Annual report on the Civil Veterinary Department, Burma (including the Insein Veterinary School) - 1910-1922
Year: 1910
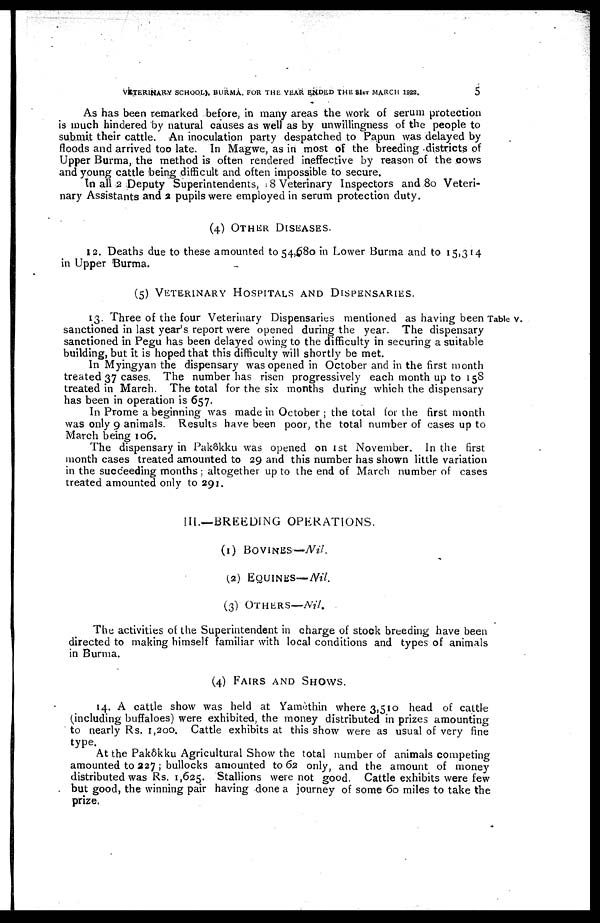
VETERINARY SCHOOL), BURMA. FOR THE YEAR ENDED THE 31ST MARCH 1923.
5
As has been remarked before, in many areas the work of serum protection
is much hindered by natural causes as well as by unwillingness of the people to
submit their cattle. An inoculation party despatched to Papun was delayed by
floods and arrived too late. In Magwe, as in most of the breeding districts of
Upper Burma, the method is often rendered ineffective by reason of the cows
and young cattle being difficult and often impossible to secure.
In all 2 Deputy Superintendents, 8 Veterinary Inspectors and 80 Veteri-
nary Assistants and a pupils were employed in serum protection duty.
(4) OTHER DISEASES.
12. Deaths due to these amounted to 54,680 in Lower Burma and to 15,314
in Upper Burma.
(5) VETERINARY HOSPITALS AND DISPENSARIES.
Table V.
13. Three of the four Veterinary Dispensaries mentioned as having been
sanctioned in last year's report were opened during the year. The dispensary
sanctioned in Pegu has been delayed owing to the difficulty in securing a suitable
building, but it is hoped that this difficulty will shortly be met.
In Myingyan the dispensary was opened in October and in the first month
treated 37 cases. The number has risen progressively each month up to 158
treated in March. The total for the six months during which the dispensary
has been in operation is 657.
In Prome a beginning was made in October ; the total for the first month
was only 9 animals. Results have been poor, the total number of cases up to
March being 106.
The dispensary in Pakôkku was opened on 1st November. In the first
month cases treated amounted to 29 and this number has shown little variation
in the succeeding months ; altogether up to the end of March number of cases
treated amounted only to 291.
III.—BREEDING OPERATIONS.
(1) BOVINES—Nil.
(2) EQUINES—Nil.
(3) OTHERS—Nil.
The activities of: the Superintendent in charge of stock breeding have been
directed to making himself familiar with local conditions and types of animals
in Burma.
(4) FAIRS AND SHOWS.
14. A cattle show was held at Yamèthin where 3,510 head of cattle
(including buffaloes) were exhibited, the money distributed in prizes amounting
to nearly Rs. 1,200. Cattle exhibits at this show were as usual of very fine
type.
At the Pakôkku Agricultural Show the total number of animals competing
amounted to 227 ; bullocks amounted to 62 only, and the amount of money
distributed was Rs. 1,625. Stallions were not good. Cattle exhibits were few
but good, the winning pair having done a journey of some 60 miles to take the
prize.